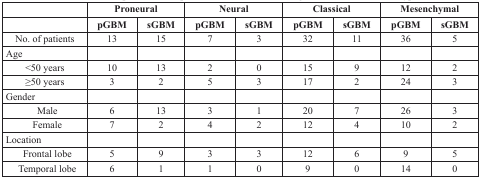
<table><thead><tr><td></td><td colspan="2"><b>Proneural</b></td><td colspan="2"><b>Neural</b></td><td colspan="2"><b>Classical</b></td><td colspan="2"><b>Mesenchymal</b></td></tr><tr><td></td><td><b>pGBM</b></td><td><b>sGBM</b></td><td><b>pGBM</b></td><td><b>sGBM</b></td><td><b>pGBM</b></td><td><b>sGBM</b></td><td><b>pGBM</b></td><td><b>sGBM</b></td></tr></thead><tbody><tr><td>No. of patients</td><td>13</td><td>15</td><td>7</td><td>3</td><td>32</td><td>11</td><td>36</td><td>5</td></tr><tr><td>Age</td><td></td><td></td><td></td><td></td><td></td><td></td><td></td><td></td></tr><tr><td>&lt;50 years</td><td>10</td><td>13</td><td>2</td><td>0</td><td>15</td><td>9</td><td>12</td><td>2</td></tr><tr><td>≥50 years</td><td>3</td><td>2</td><td>5</td><td>3</td><td>17</td><td>2</td><td>24</td><td>3</td></tr><tr><td>Gender</td><td></td><td></td><td></td><td></td><td></td><td></td><td></td><td></td></tr><tr><td>Male</td><td>6</td><td>13</td><td>3</td><td>1</td><td>20</td><td>7</td><td>26</td><td>3</td></tr><tr><td>Female</td><td>7</td><td>2</td><td>4</td><td>2</td><td>12</td><td>4</td><td>10</td><td>2</td></tr><tr><td>Location</td><td></td><td></td><td></td><td></td><td></td><td></td><td></td><td></td></tr><tr><td>Frontal lobe</td><td>5</td><td>9</td><td>3</td><td>3</td><td>12</td><td>6</td><td>9</td><td>5</td></tr><tr><td>Temporal lobe</td><td>6</td><td>1</td><td>1</td><td>0</td><td>9</td><td>0</td><td>14</td><td>0</td></tr></tbody></table>